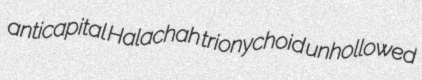
anticapital Halachah trionychoid unhollowed